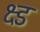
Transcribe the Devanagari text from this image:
क्ष्ड